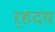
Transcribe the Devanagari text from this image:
र्‍हदय